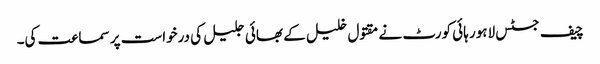
چیف جسٹس لاہور ہائی کورٹ نے مقتول خلیل کے بھائی جلیل کی درخواست پر سماعت کی۔